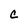
Character: C